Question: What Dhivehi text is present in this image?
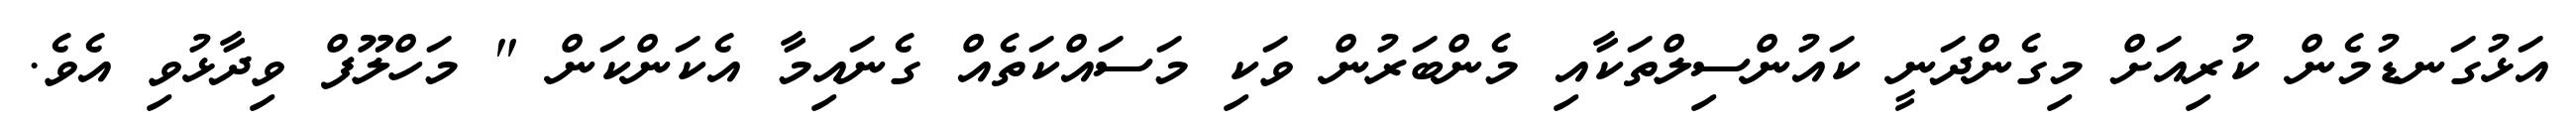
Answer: އަޅުގަނޑުމެން ކުރިއަށް މިގެންދަނީ ކައުންސިލްތަކާއި މެންބަރުން ވަކި މަސައްކަތެއް ގެނައިމާ އެކަންކަން " މަހްލޫފް ވިދާޅުވި އެވެ.